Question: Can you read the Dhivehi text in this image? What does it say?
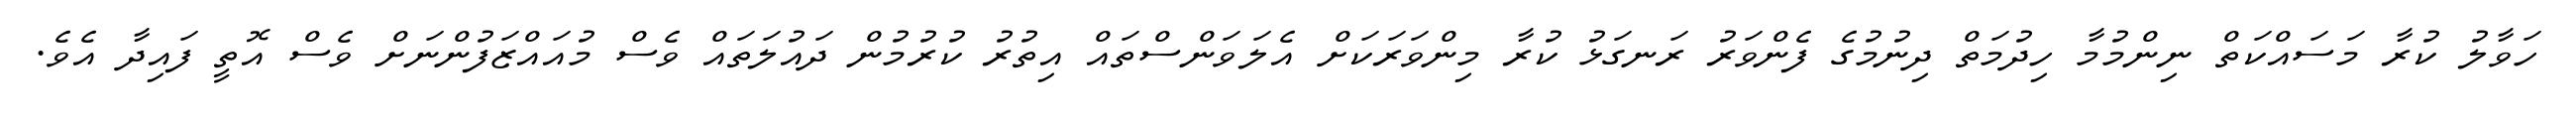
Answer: ހަވާލު ކުރާ މަސައްކަތް ނިންމުމާ ހިދުމަތް ދިނުމުގެ ފެންވަރު ރަނގަޅު ކުރާ މިންވަރަކަށް އެލަވަންސްތައް އިތުރު ކުރުމުން ދައުލަތައް ވެސް މުއައްޒަފުންނަށް ވެސް އޮތީ ފައިދާ އެވެ.